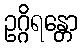
ဥဂ္ဂိရန္တော